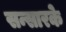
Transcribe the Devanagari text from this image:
सन्सारके